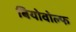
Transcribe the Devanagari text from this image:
बियोवोल्फ